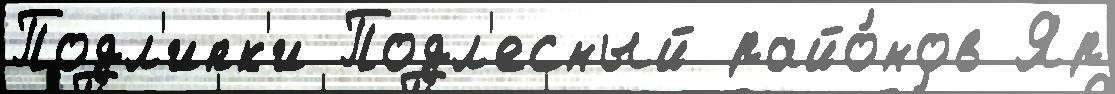
Подл'ипк'и Подл'есный райо́нов Яр